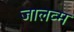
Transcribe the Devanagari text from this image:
जालव्म